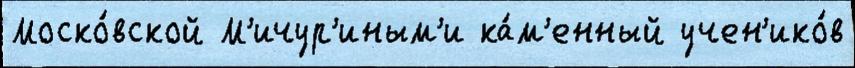
Моско́вской М'ичур'иным'и ка́м'енный учен'ико́в